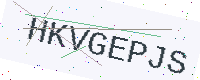
Text: HKVGEPJS